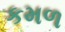
કમળ